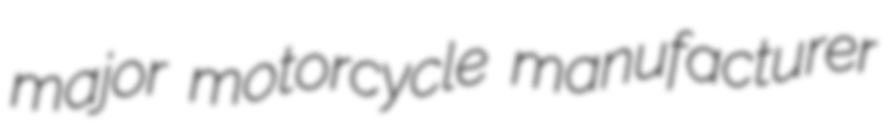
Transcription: major motorcycle manufacturer